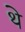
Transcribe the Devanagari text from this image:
थे़